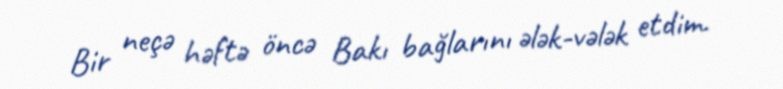
Bir neçə həftə öncə Bakı bağlarını ələk-vələk etdim.